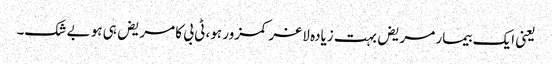
یعنی ایک بیمار مریض بہت زیادہ لاغر کمزور ہو، ٹی بی کا مریض ہی ہو بے شک۔